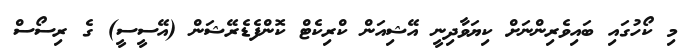
މި ކޯހުގައި ބައިވެރިންނަށް ކިޔަވާދިނީ އޭޝިއަން ކްރިކެޓް ކޮންފެޑެރޭޝަން (އޭސީސީ) ގެ ރިސޯސް